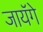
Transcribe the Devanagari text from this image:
जायॅगे